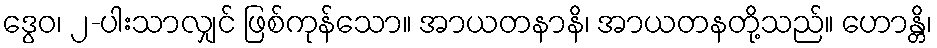
ဒွေဝ၊ ၂-ပါးသာလျှင် ဖြစ်ကုန်သော။ အာယတနာနိ၊ အာယတနတို့သည်။ ဟောန္တိ၊